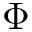
\Phi